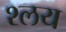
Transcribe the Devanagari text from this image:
श्लय